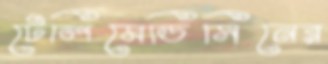
টেলিমেডিসিনের